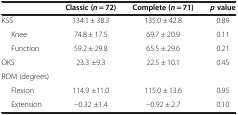
|  | Classic (n = 72) | Complete (n = 71) | p value |
 | --- | --- | --- | --- |
 | KSS | 134.1 ± 38.3 | 135.0 ± 42.8 | 0.89 |
 | Knee | 74.8 ± 17.5 | 69.7 ± 20.9 | 0.11 |
 | Function | 59.2 ± 29.8 | 65.5 ± 29.6 | 0.21 |
 | OKS | 23.3 ±9.3 | 22.5 ± 10.1 | 0.45 |
 | ROM (degrees) |  |  |  |
 | Flexion | 114.9 ±11.0 | 115.0 ± 13.6 | 0.95 |
 | Extension | -0.32 ±1.4 | -0.92 ± 2.7 | 0.10 |